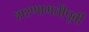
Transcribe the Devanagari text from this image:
शरणागतीपूर्वी